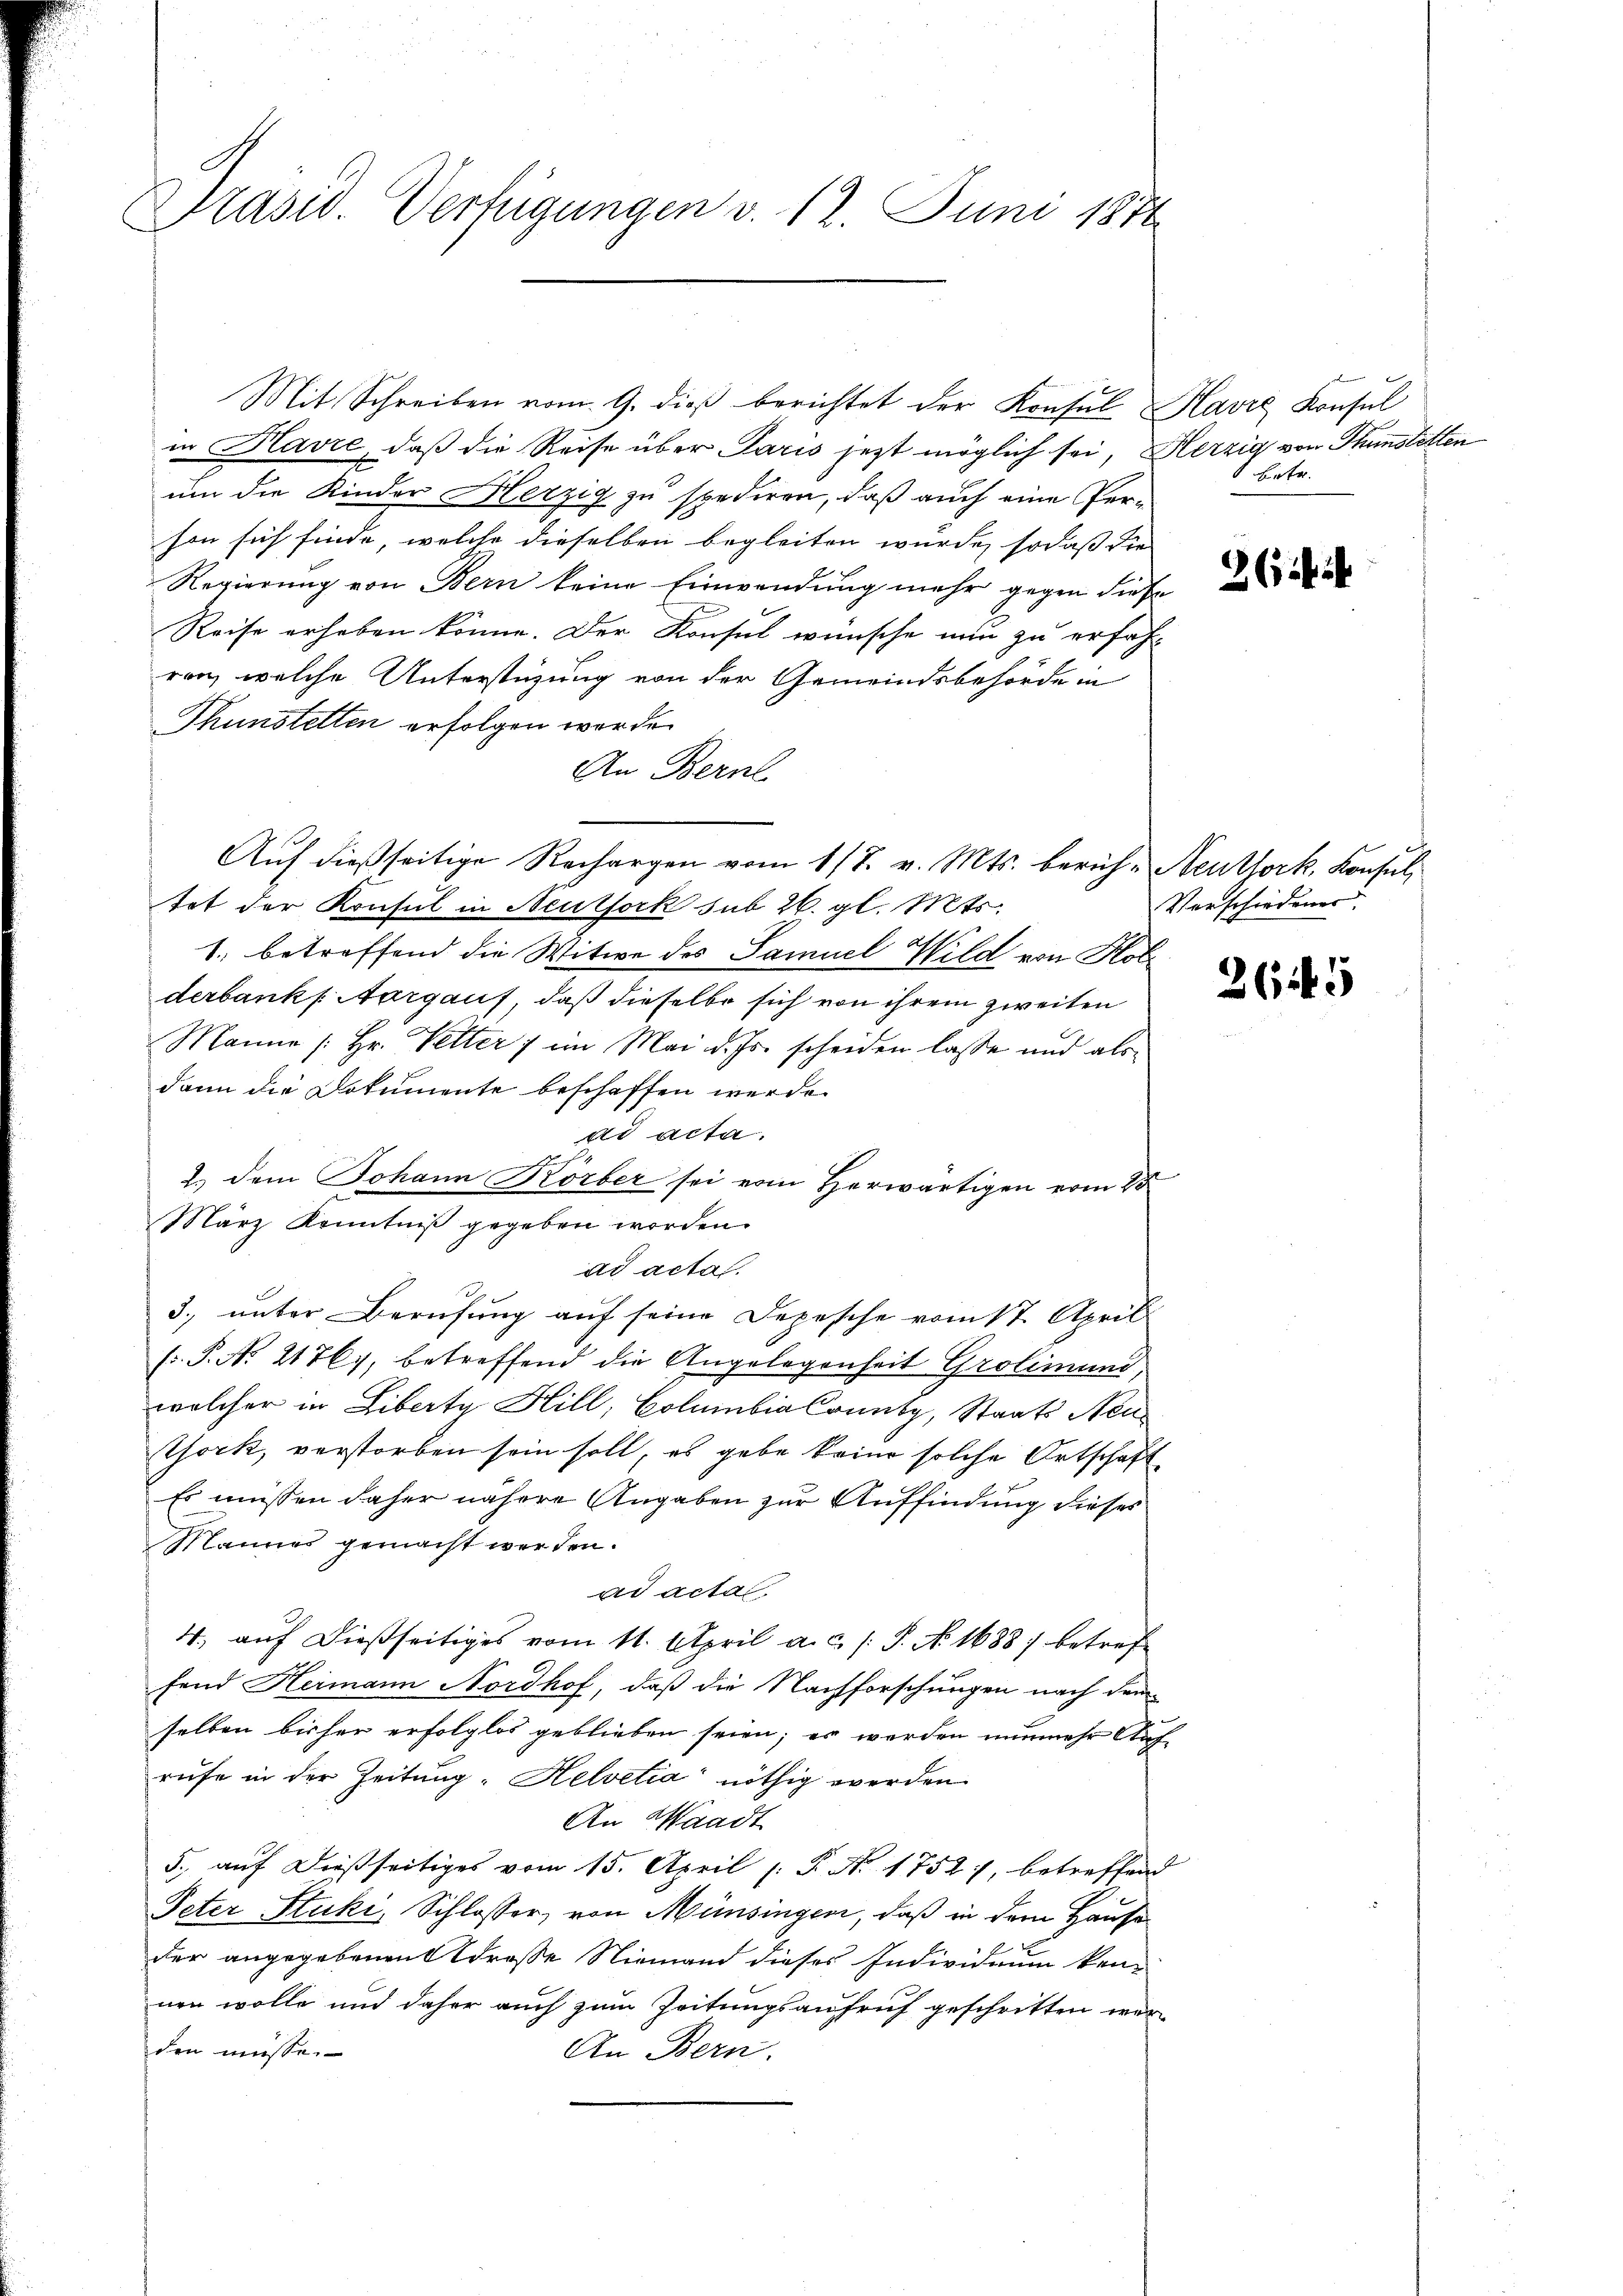
Präsid. Verfügungen v. 12. Juni 1876

Mit Schreiben vom 9. dieß berichtet der Konsul Havre Konsul
in Havre, daß die Reise über Paris jetzt möglich sei, Herzig von Thunstetten
um die Kinder Herzig zu spediren, daß auch eine Perhon sich finde, welche dieselben begleiten wurde, sodaß die
Regierung von Bern keine Einwendung mehr gegen diese
Reise erheben könne. Der Konsul wünsche nun zu erfahren, welche Unterstüzung von der Gemeindsbehörde in
Thunstetten erfolgen werde.
An Bern
Auf dießseitige Rechargen vom 17. v. Mts. berich-Neuttork, Konsul,
tat der Konsul in Neutfork sub 26. gl. Mts.
4
1. betreffend die Witwe des Samuel Wild von Hol
derbank, Aargauf, daß dieselbe sich von ihrem zweiten
Manne [Hr. Vetter 7 im Mai d. Js. scheiden lasse und als
dann die Dokumente beschaffen werde.
ad acta.
2.) Dem Johann Korber sei vom Herwärtigen vom 28
ad acta.
3. unter Berufung auf seine Depesche vom 17. April
( P. No 21761, betreffend die Angelegenheit Grolimund,
welcher in Liberte Hill, Columbia County, Staats Neu¬
Thock, verstorben sein soll, es gebe keine solche Ortschaft
Es müssen daher nähere Angaben zur Auffindung dieses
Mannes gemacht werden.
ad acta.
4. aŭf dießseitiges vom 11. April a. c. /: P. No. 1638 betref
fend Hermann Nordhof, daß die Nachforschungen nach dem
selben bisher erfolglos geblieben seien; es werden nunmehr Auf-
rŭfe in der Zeitung. Helvetia nöthig werden
An Waadt
5., auf dießseitiges vom 15. April /: P. Nr. 1752), betreffend
Peter Stuki, Schlosser, von Münsingen, daß in dem Hause
der angegebenen Strasse Niemand dieses Individuum kennen wolle und daher auch zum Zeitungsaufruf geschritten werden müsse.
An Bern.

März Kenntniß gegeben worden.

hinter

262

Verschiedener.

265